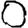
Digit: 0